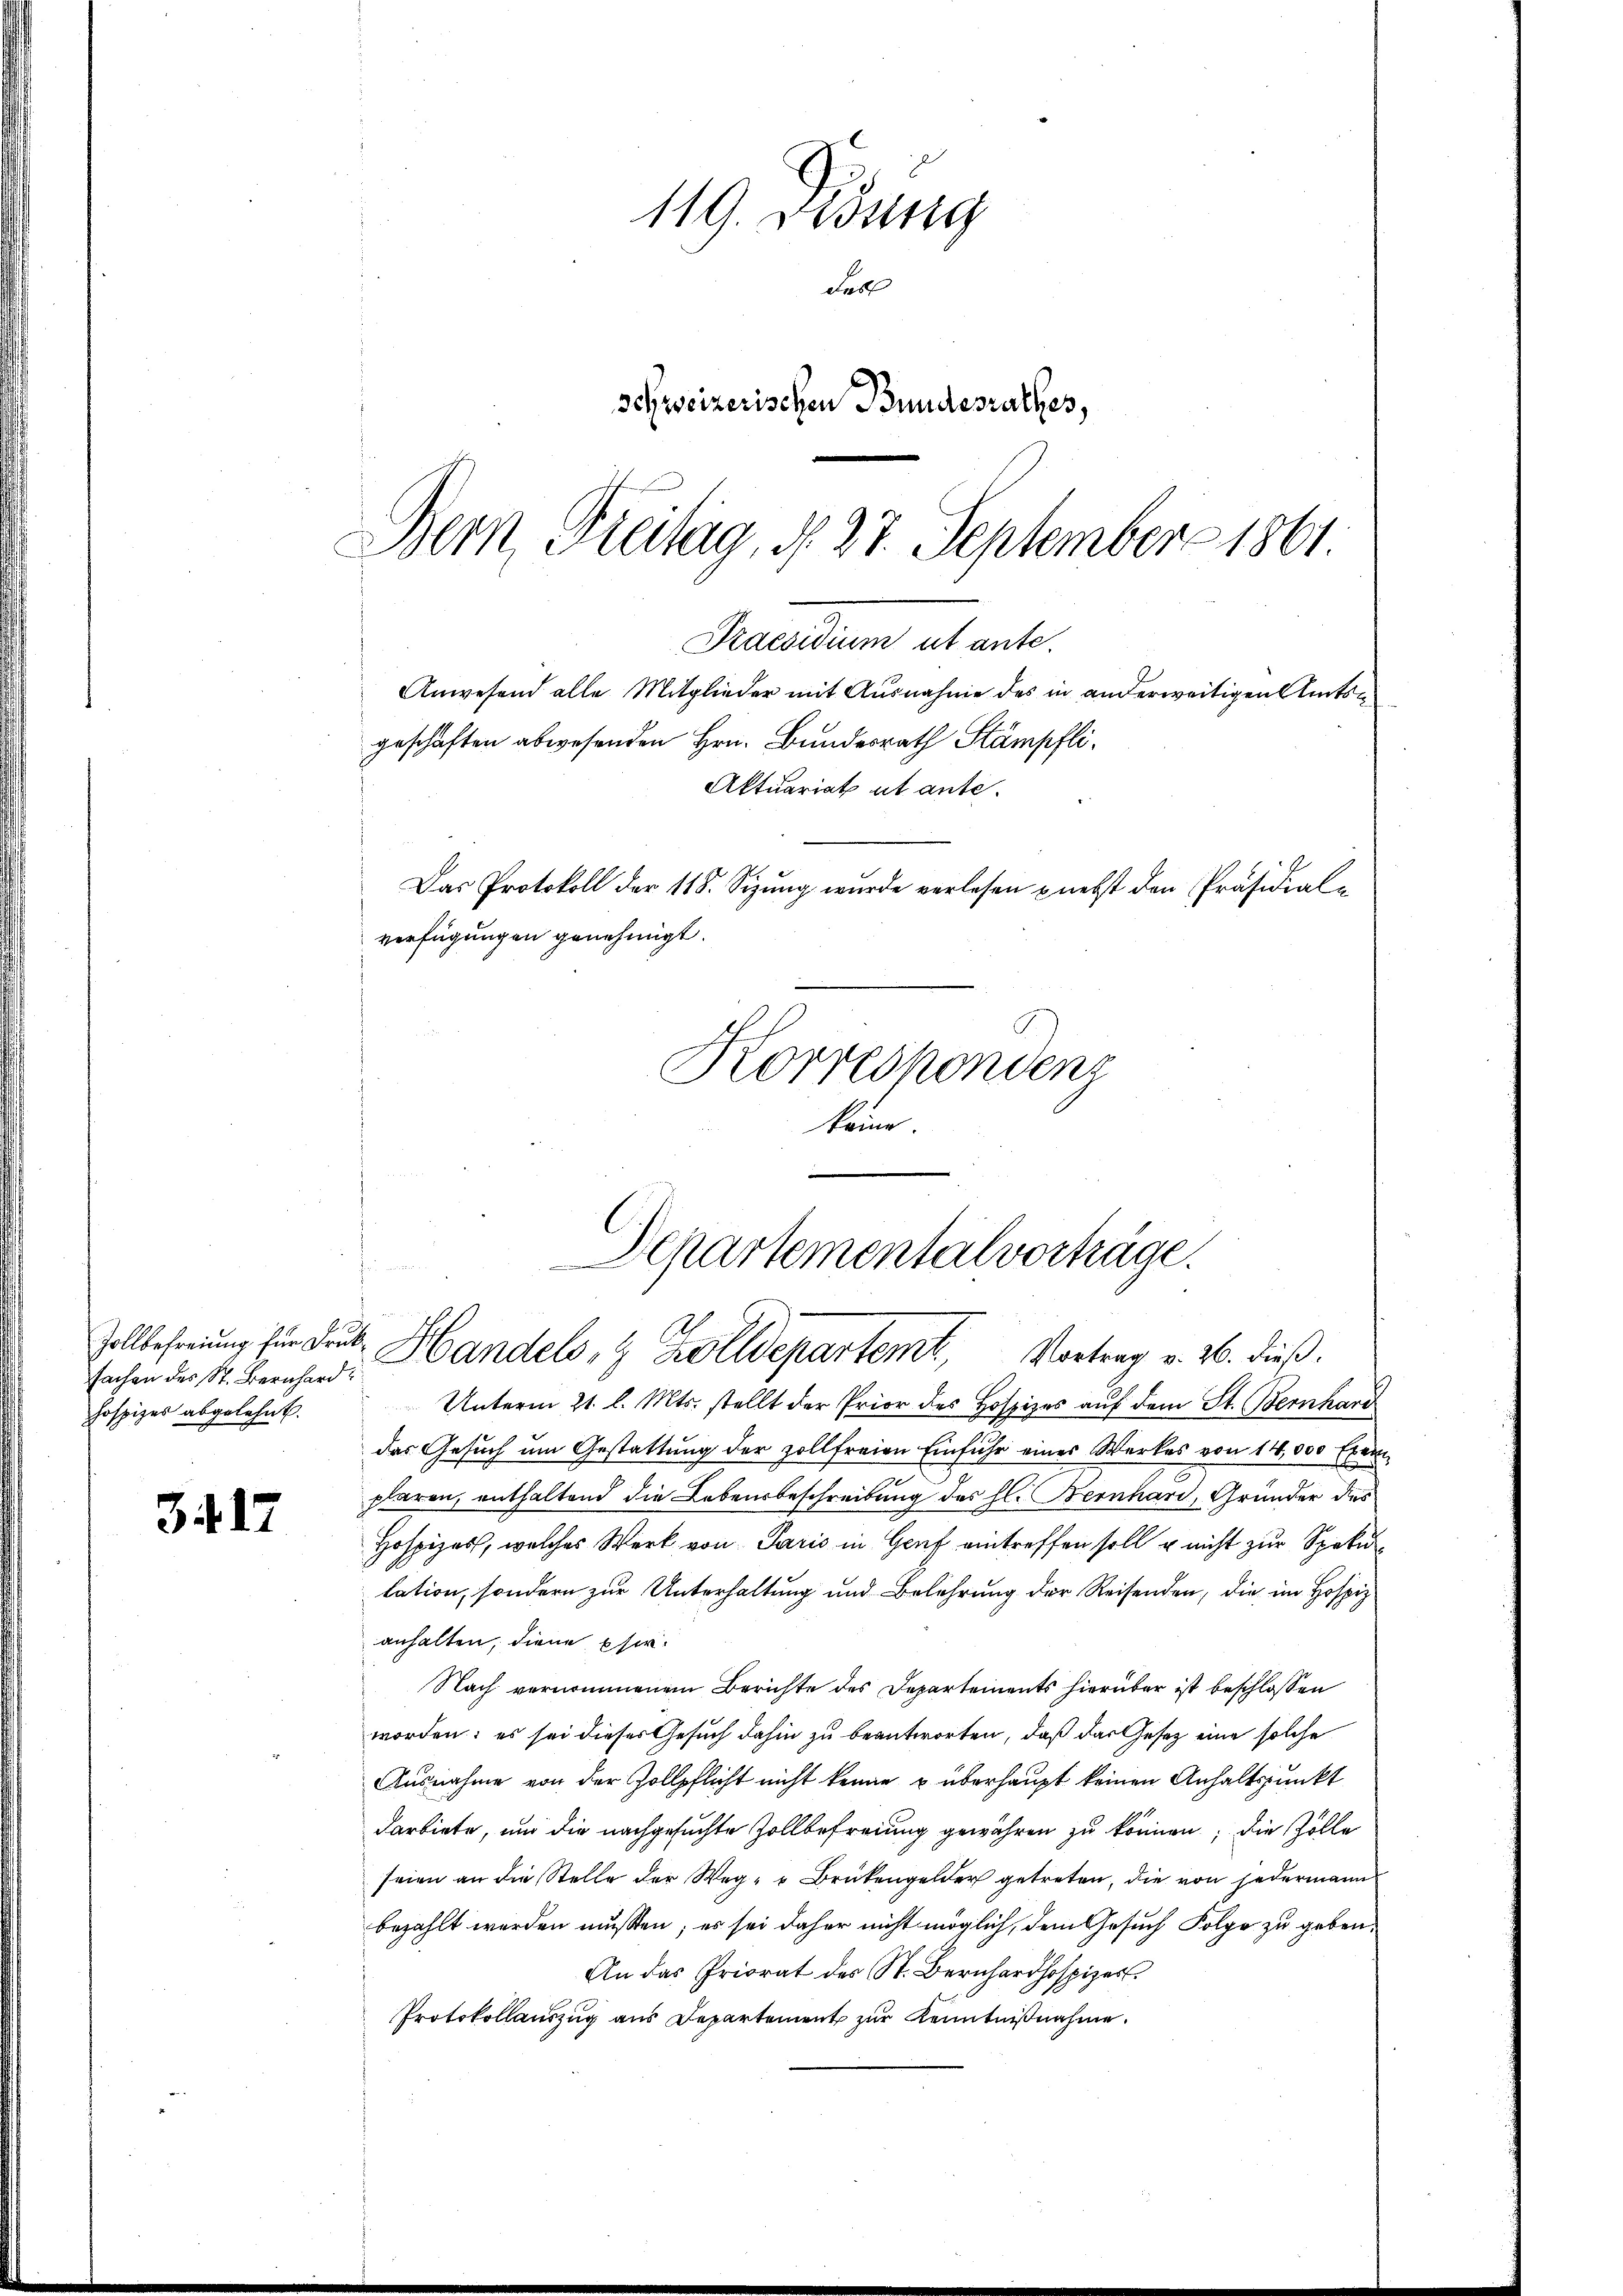
Zollbefreiung für dre
Sachen des St. Bernhard
hospizes abgelehnt.

3417

119. Didung
Fall
Schweizerischen Bundesrathes,
Bern Freitig, d. 27. September 1861

Praesidium ut ante.
Anwesend alle Mitglieder mit Ausnahme des in anderweitigen Amtsn
geschaften abwesenden Hrn. Bundesrath Stämpfli¬
Aktuariat ut ante.
Das Protokoll der 118. Sizung wurde verlesen nebst den Präsidial¬

verfügungen genehmigt.
Korrespondens
keine

Departementalvorträge.
.
3. Handels, 9 Zolldepartemb. Vortrag v. 26. dieß.

Unterm 21. l. Mts. stellt der Prior des Hospizes auf dem St. Bernhard
das Gesuch um Gestattung der zollfreien Einfuhr eines Werkes von 14,000 Exemplaren, enthaltend die Lebensbeschreibung des hl. Bernhard, Gründer des
Hospizes, welches Werk von Paris in Genf eintreffen soll u nicht zur Speku
lation, sondern zur Unterhaltung und Belehrung der Reisenden, die im Hospiz
anhalten, diene Eser¬
Nach vernommenen Berichte des Departements hierüber ist beschlossen
worden; es sei dieses Gesuch dahin zu beantworten, daß das Gesetz eine solche
Ausnahme von der Zollpflicht nicht kenne u überhaupt keinen Anhaltspunkt
darbiete, und die nachgesuchte Zollbefreiung gewähren zu können; die Zolle
seien an die Stelle der Weg- u Brükengelder getreten, die von jedermann
bezahlt werden müssen; es sei daher nicht möglich, dem Gesuch Folge zu geben¬
An das Priorat des St. Bernhardhospizer.
Protokollauszug aus Departement zur Kenntnißnahme.